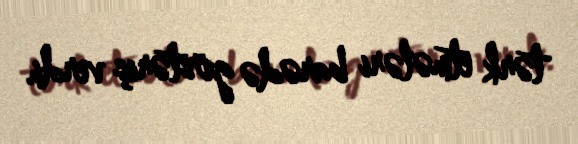
tərk etmələri barədə göstəriş verdi.